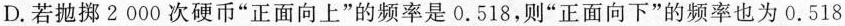
D. 若抛掷2000次硬币”正面向上”的频率是0.518，则”正面向下”的频率也为0.518